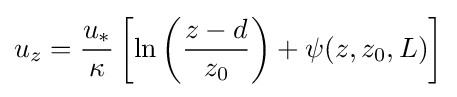
u_{z}={\frac {u_{*}}{\kappa }}\left[\ln \left({\frac {z-d}{z_{0}}}\right)+\psi (z,z_{0},L)\right]